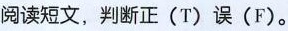
阅读短文,判断正(T)误(F).